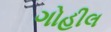
ગોહીલ